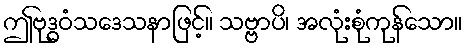
ဤဗုဒ္ဓဝံသဒေသနာဖြင့်။ သဗ္ဗာပိ၊ အလုံးစုံကုန်သော။